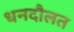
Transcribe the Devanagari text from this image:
धनदौलत